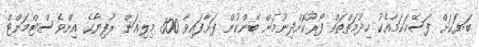
ބަޔަކަށް ފަސޭހަކަމާއެކު ހިދުމަތްތައް ފޯރުކޮށްދިނުމަށް ބޭންކުން ފަށާފައިވާ 300 މިލިއަން ރުފިޔާގެ އިންވެސްޓްމަންޓް